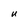
Character: U